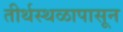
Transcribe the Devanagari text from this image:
तीर्थस्थळापासून